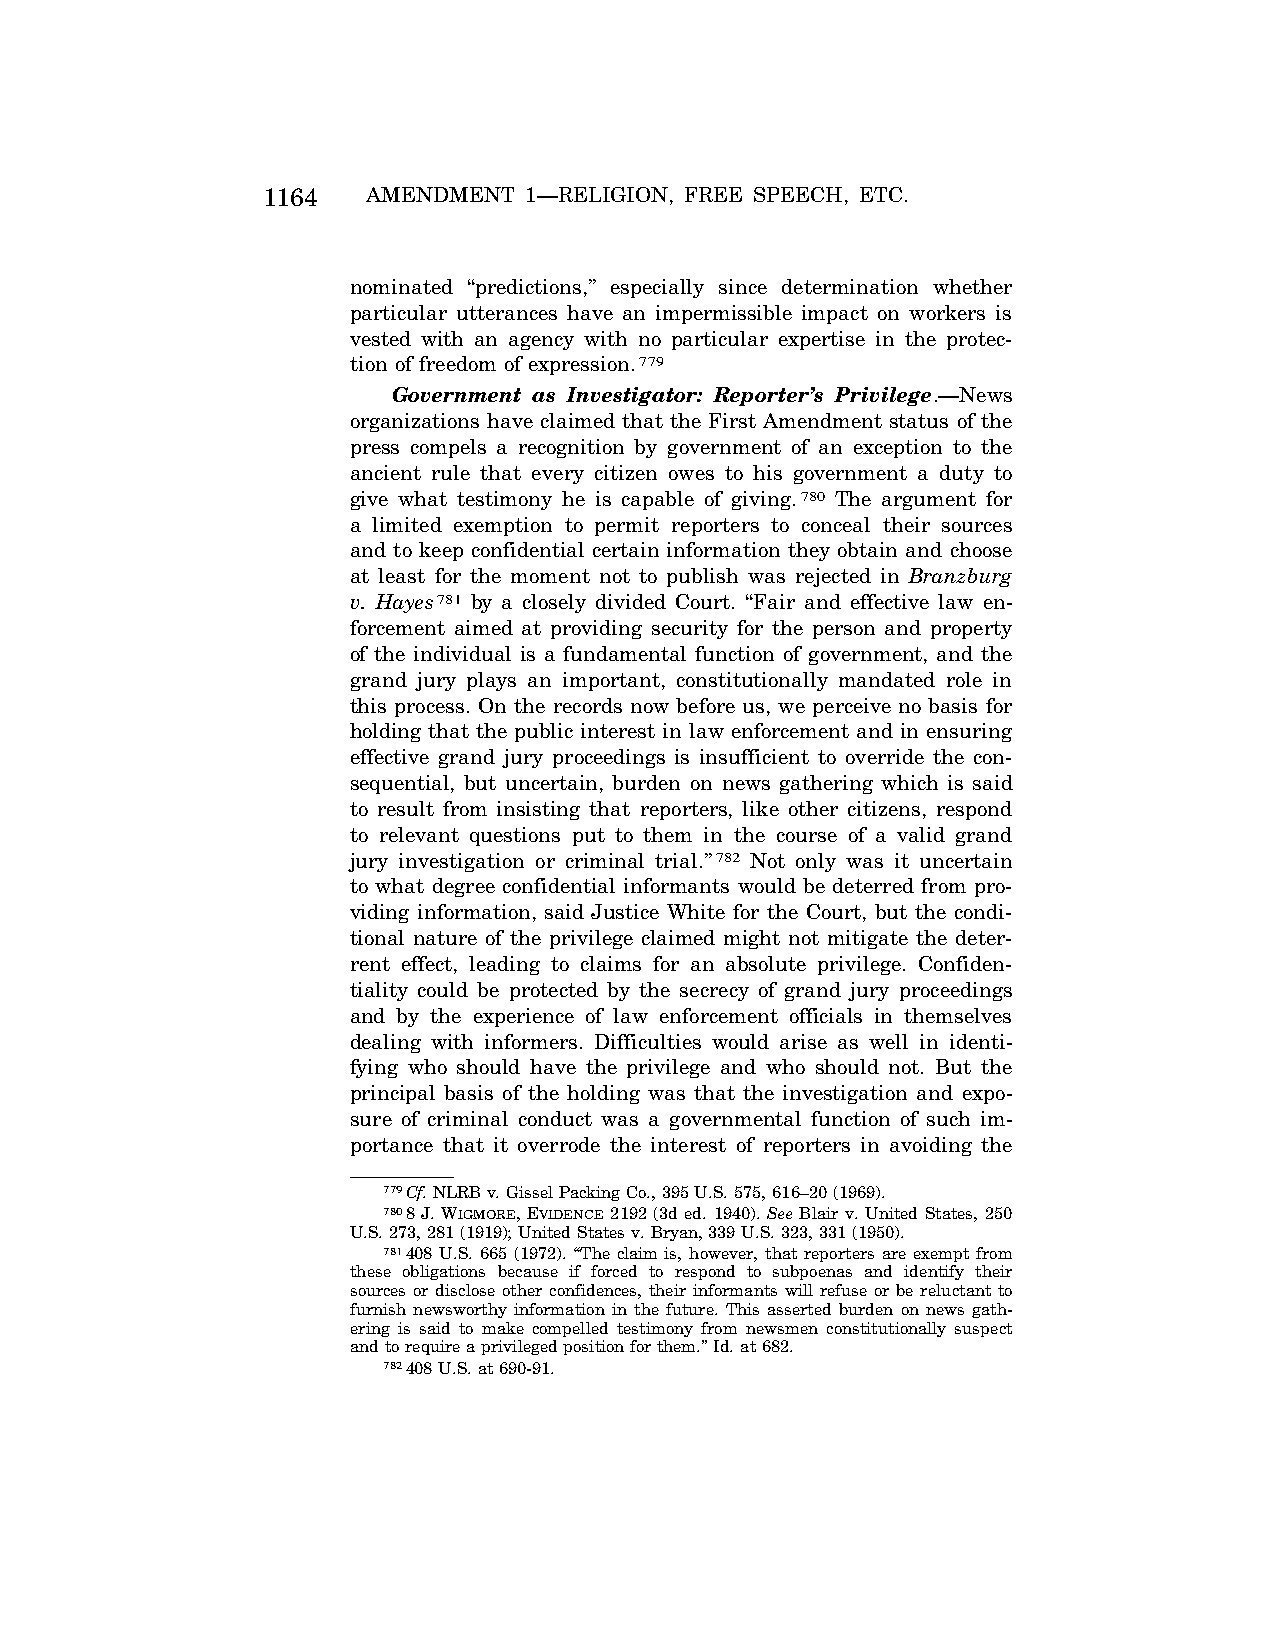
1164   AMENDMENT  1—RELIGION, FREE SPEECH, ETC.
 nominated ‘‘predictions,’’ especially since determination whether
 particular utterances have an impermissible impact on workers is
 vested with an agency with no particular expertise in the protec-
 tion of freedom of expression.779
 Government as Investigator: Reporter’s Privilege.—News
 organizations have claimed that the First Amendment status of the
 press compels a recognition by government of an exception to the
 ancient rule that every citizen owes to his government a duty to
 give what testimony he is capable of giving.780 The argument for
 a limited exemption to permit reporters to conceal their sources
 and to keep confidential certain information they obtain and choose
 at least for the moment not to publish was rejected in Branzburg
 v. Hayes781 by a closely divided Court. ‘‘Fair and effective law en-
 forcement aimed at providing security for the person and property
 of the individual is a fundamental function of government, and the
 grand jury plays an important, constitutionally mandated role in
 this process. On the records now before us, we perceive no basis for
 holding that the public interest in law enforcement and in ensuring
 effective grand jury proceedings is insufficient to override the con-
 sequential, but uncertain, burden on news gathering which is said
 to result from insisting that reporters, like other citizens, respond
 to relevant questions put to them in the course of a valid grand
 jury investigation or criminal trial.’’782 Not only was it uncertain
 to what degree confidential informants would be deterred from pro-
 viding information, said Justice White for the Court, but the condi-
 tional nature of the privilege claimed might not mitigate the deter-
 rent effect, leading to claims for an absolute privilege. Confiden-
 tiality could be protected by the secrecy of grand jury proceedings
 and by the experience of law enforcement officials in themselves
 dealing with informers. Difficulties would arise as well in identi-
 fying who should have the privilege and who should not. But the
 principal basis of the holding was that the investigation and expo-
 sure of criminal conduct was a governmental function of such im-
 portance that it overrode the interest of reporters in avoiding the
 779Cf.NLRB v. Gissel Packing Co., 395 U.S. 575, 616–20 (1969).
 7808 J. WIGMORE, EVIDENCE 2192 (3d ed. 1940). See Blair v. United States, 250
 U.S. 273, 281 (1919); United States v. Bryan, 339 U.S. 323, 331 (1950).
 781408 U.S. 665 (1972). ‘‘The claim is, however, that reporters are exempt from
 these obligations because if forced to respond to subpoenas and identify their
 sources or disclose other confidences, their informants will refuse or be reluctant to
 furnish newsworthy information in the future. This asserted burden on news gath-
 ering is said to make compelled testimony from newsmen constitutionally suspect
 and to require a privileged position for them.’’ Id. at 682.
 782408 U.S. at 690-91.
 VerDate Apr<15>2004 08:57 Jun 25, 2004 Jkt 077500 PO 00000 Frm 00152 Fmt 8222 Sfmt 8222 C:\CONAN\CON024.SGM PRFM99 PsN: CON024